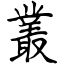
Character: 叢